Annual report of the Punjab Veterinary College and of the Civil Veterinary Department, Punjab - 1894-1908
Year: 1894
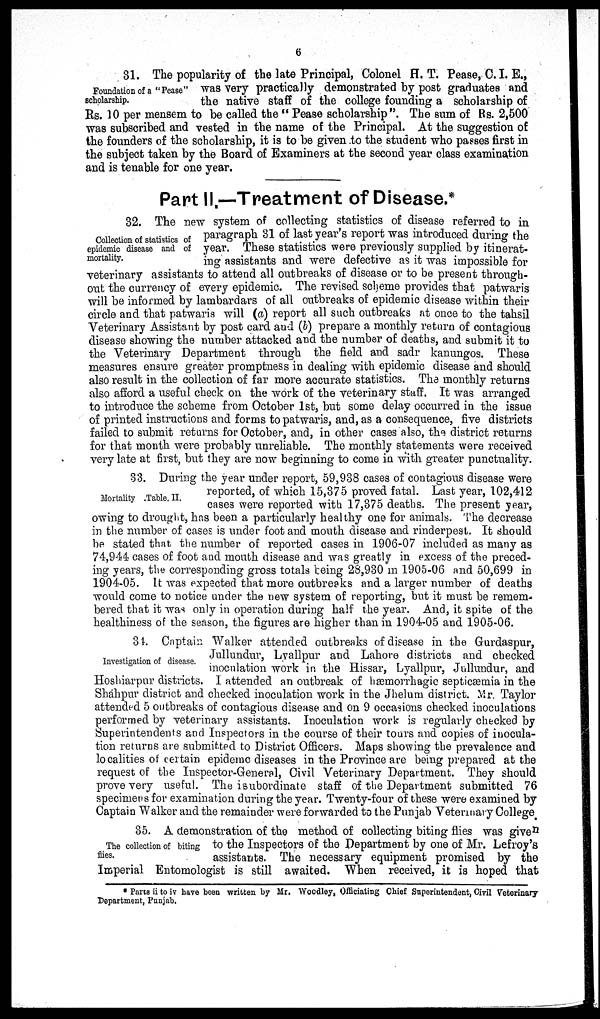
6
Foundation of a "Pease"
scholarship.
31. The popularity of the late Principal, Colonel H. T. Pease, C.I. E.,
was very practically demonstrated by post graduates and
the native staff of the college founding a scholarship of
Rs. 10 per mensem to be called the "Pease scholarship". The sum of Rs. 2,500
was subscribed and vested in the name of the Principal. At the suggestion of
the founders of the scholarship, it is to be given to the student who passes first in
the subject taken by the Board of Examiners at the second year class examination
and is tenable for one year.
Part II.—Treatment of Disease.*
Collection of statistics of
epidemic disease and of
mortality.
32. The new system of collecting statistics of disease referred to in
paragraph 31 of last year's report was introduced during the
year. These statistics were previously supplied by itinerat-
ing assistants and were defective as it was impossible for
veterinary assistants to attend all outbreaks of disease or to be present through-
out the currency of every epidemic. The revised scheme provides that patwaris
will be informed by lambardars of all outbreaks of epidemic disease within their
circle and that patwaris will (a) report all such outbreaks at once to the tahsil
Veterinary Assistant by post card and (b) prepare a monthly return of contagious
disease showing the number attacked and the number of deaths, and submit it to
the Veterinary Department through the field and sadr kanungos. These
measures ensure greater promptness in dealing with epidemic disease and should
also result in the collection of far more accurate statistics. The monthly returns
also afford a useful check on the work of the veterinary staff. It was arranged
to introduce the scheme from October 1st, but some delay occurred in the issue
of printed instructions and forms to patwaris, and, as a consequence, five districts
failed to submit returns for October, and, in other cases also, the district returns
for that month were probably unreliable. The monthly statements were received
very late at first, but they are now beginning to come in with greater punctuality.
Mortality .Table. II.
33. During the year under report, 59,938 cases of contagious disease were
reported, of which 15,375 proved fatal. Last year, 102,412
cases were reported with 17,375 deaths. The present year,
owing to drought, has been a particularly healthy one for animals. The decrease
in the number of cases is under foot and mouth disease and rinderpest. It should
be stated that the number of reported cases in 1906-07 included as many as
74,944 cases of foot and mouth disease and was greatly in excess of the preced-
ing years, the corresponding gross totals being 28,930 m 1905-06 and 50,699 in
1904-05. It was expected that more outbreaks and a larger number of deaths
would come to notice under the new system of reporting, but it must be remem-
bered that it was only in operation during half the year. And, it spite of the
healthiness of the season, the figures are higher than in 1904-05 and 1905-06.
Investigation of disease.
34. Captain Walker attended outbreaks of disease in the Gurdaspur,
Jullundur, Lyallpur and Lahore districts and checked
inoculation work in the Hissar, Lyallpur, Jullundur, and
Hoshiarpur districts. I attended an outbreak of hæmorrhagic septicæmia in the
Shahpur district and checked inoculation work in the Jhelum district. Mr. Taylor
attended 5 outbreaks of contagious disease and on 9 occasions checked inoculations
performed by veterinary assistants. Inoculation work is regularly checked by
Superintendents and Inspectors in the course of their tours and copies of inocula-
tion returns are submitted to District Officers. Maps showing the prevalence and
localities of certain epidemc diseases in the Province are being prepared at the
request of the Inspector-General, Civil Veterinary Department. They should
prove very useful. The isubordinate staff of the Department submitted 76
specimens for examination during the year. Twenty-four of these were examined by
Captain Walker and the remainder were forwarded to the Punjab Veterinary College
The collection of biting
flies.
35. A demonstration of the method of collecting biting flies was given
to the Inspectors of the Department by one of Mr. Lefroy's
assistants. The necessary equipment promised by the
Imperial Entomologist is still awaited. When received, it is hoped that
* Parts ii to iv have been written by Mr. Woodley, Officiating Chief Superintendent, Civil Veterinary
Department, Punjab.